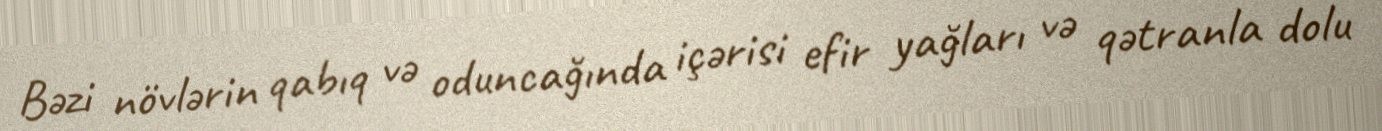
Bəzi növlərin qabıq və oduncağında içərisi efir yağları və qətranla dolu